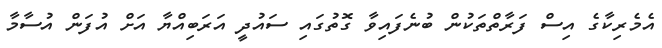
އެމެރިކާގެ އިސް ފަރާތްތަކުން ބުނެފައިވާ ގޮތުގައި ސައުދީ އަރަބިއްޔާ އަށް އުފަން އުސާމާ